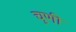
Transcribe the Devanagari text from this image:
चुणी